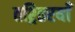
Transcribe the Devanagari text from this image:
तश्र्तिरयाँ